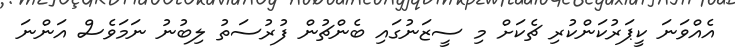
އެއްވަނަ ކީޕަރުކަންކުރި ޗެކަށް މި ސީޒަނުގައި ބެންޗުން ފުރުސަތު ލިބުނު ނަމަވެސް އަންނަ